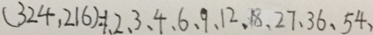
( 3 2 4 , 2 1 6 ) = 1 , 2 , 3 , 4 , 6 , 9 , 1 2 , 1 8 , 2 7 , 3 6 , 5 4 ,